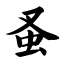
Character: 蚤